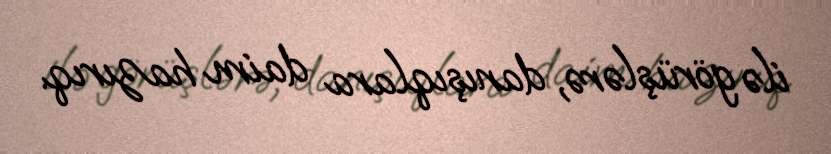
ilə görüşlərə, danışıqlara daim hazırıq.